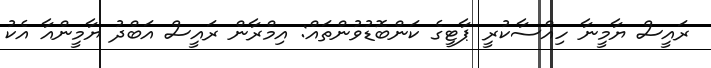
ރައީސް ޔާމީނާ ހިއްސާކުރީ ޕާޓީގެ ކަންބޮޑުވުންތައް: އިމްރާން ރައީސް އަބްދު ޔާމީންއާ އެކު